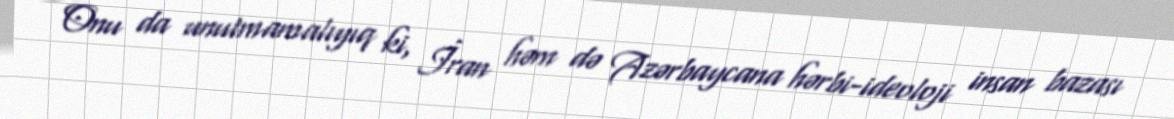
Onu da unutmamalıyıq ki, İran həm də Azərbaycana hərbi-ideoloji insan bazası